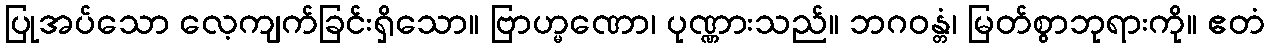
ပြုအပ်သော လေ့ကျက်ခြင်းရှိသော။ ဗြာဟ္မဏော၊ ပုဏ္ဏားသည်။ ဘဂဝန္တံ၊ မြတ်စွာဘုရားကို။ ဧတံ